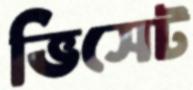
ভিসেট